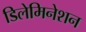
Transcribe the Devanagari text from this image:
डिलेमिनेशन